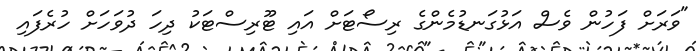
"ވަރަށް ފަހުން ވެސް އަޅުގަނޑުމެންގެ ރިސޯޓަށް އައި ޓޫރިސްޓަކު ދިިހަ ދުވަހަށް ހުރެފައި